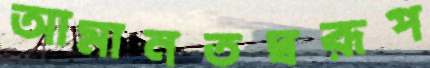
আমানতস্বরূপ